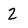
Character: 2